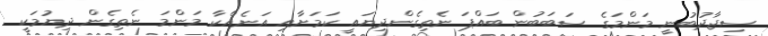
ސިޖާދުބުނީ މަންމަގެ ސަބަބުން ބައްޕަ ނެތިގެންދިޔައީ ކަމަށާއި އަނެއްކާ މަންމަ ނެތިގެން ދިޔުމަކީ